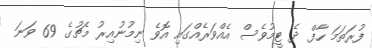
ފުރަތަމަ ހާފް ދެ ޓީމުވެސް އެއްވަރެއްގައި އޮވެ ނިމުނުއިރު މެޗުގެ 69 ވަނަ